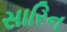
સારિન